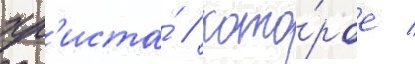
хр'иста́ / кото́рое /